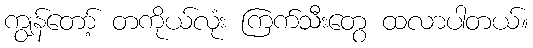
ကျွန်တော့် တကိုယ်လုံး ကြက်သီးတွေ ထလာပါတယ်။